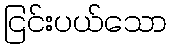
ငြင်းပယ်သော